Report on sanitation, dispensaries, and jails in Rajputana for 1919, and on vaccination for the year 1919-1920 - 1919-1920
Year: 1919
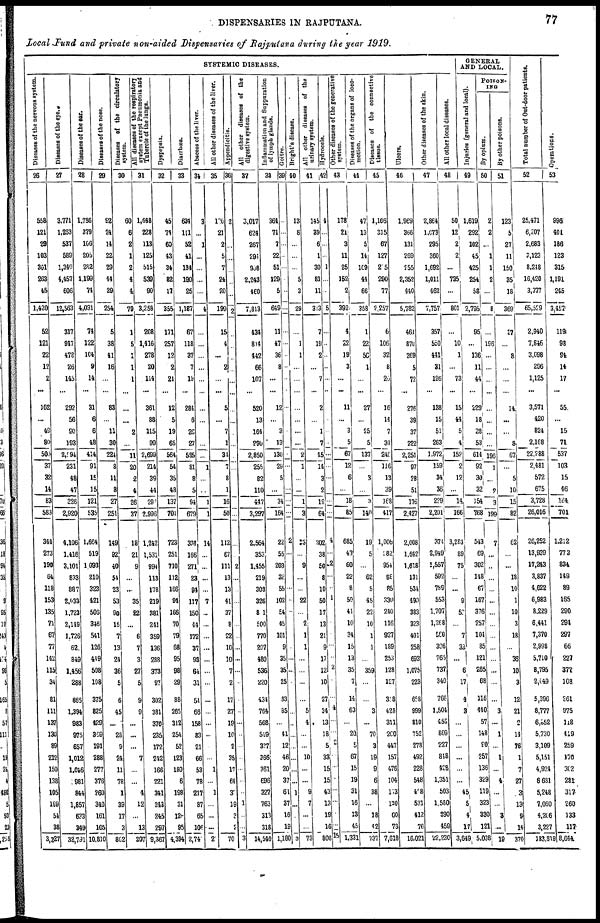
DISPENSARIES IN RAJPUTANA.
77
Local Fund and private non-aided Dispensaries of Rajputana during the year 1919.
SYSTEMIC DISEASES.
Diseases of the nervous system.
26
558
121
29
103
301
263
45
1,420
52
121
22
12
2
...
162
...
49
80
500
37
32
11
83
583
341
273
190
64
118
153
135
71
67
77
142
115
34
81
111
137
130
89
212
150
138
105
199
54
38
3,227
Diseases of the eye.
27
3,771
1,263
537
589
1,340
4,457
606
12,563
317
947
478
26
145
...
292
56
90
193
2,094
231
48
47
326
2,920
4,106
1,416
3,101
833
887
2,033
1,723
2,149
1,726
62
849
1,456
288
866
1,394
983
975
657
1,012
1,046
981
844
1,857
633
349
32,791
Diseases of the ear.
28
1,736
379
106
205
282
1,199
74
4,031
74
122
104
9
14
...
31
6
6
48
414
91
15
15
121
535
1,664
519
1,093
210
323
421
506
346
541
126
449
508
108
375
825
429
369
191
288
277
376
260
340
161
105
10,810
Diseases of the nose.
29
92
24
14
22
29
44
29
254
5
38
41
16
...
...
83
...
11
30
224
8
11
8
27
251
149
92
40
51
23
53
90
15
7
13
24
36
5
6
45
...
28
9
24
11
78
1
39
17
3
862
Diseases of the circulatory
system.
30
60
6
2
1
2
4
4
79
1
5
1
1
1
...
...
...
2
...
11
20
2
4
26
37
18
21
9
...
...
35
22
...
6
7
3
27
5
9
9
...
...
...
7
...
...
4
12
...
13
207
All diseases of the respiratory
system except Pneumonia and
Tubercle of the lungs.
31
1,648
228
113
125
515
539
90
3,258
208
1,416
278
20
114
...
361
88
115
99
2,699
214
39
44
290
2,996
1,242
1,531
994
113
178
219
381
241
359
136
288
373
97
302
381
370
235
172
242
166
221
341
243
245
297
9,367
Dyspepsia.
32
45
74
60
43
34
82
17
355
171
257
12
2
21
...
12
5
19
65
564
54
35
48
137
701
723
251
710
112
166
94
166
70
79
68
95
98
29
88
265
312
254
52
123
180
6
198
31
129
95
4,394
Diarrhœa.
33
634
111
52
41
134
190
25
1,187
67
118
37
7
19
...
284
6
26
27
535
31
8
5
94
679
333
166
271
23
94
117
150
44
172
37
93
64
31
51
66
158
83
21
66
53
78
217
87
65
106
2,74
Abscess of the liver.
34
3
...
1
...
...
...
...
4
...
...
...
...
...
...
...
...
...
...
...
1
...
...
1
1
14
...
...
...
...
7
...
...
...
...
...
...
...
...
...
...
...
...
...
1
...
1
...
...
...
2
All other diseases of the liver.
35
120
21
2
5
7
24
20
199
15
4
...
2
...
...
5
...
7
1
31
7
8
1
16
50
112
67
111
13
13
41
37
8
22
10
10
7
2
17
27
19
10
2
35
17
64
3
19
3
2
70
Appendicitis.
36
2
...
...
...
...
...
...
2
...
...
...
...
...
...
...
...
...
...
...
...
...
...
...
...
...
...
2
...
...
...
...
...
..
...
...
...
...
...
...
...
...
...
...
...
...
...
1
...
...
3
All other diseases of the
digestive system.
37
3,017
624
267
291
908
2,243
460
7,813
434
804
442
66
107
...
520
13
164
290
2,850
255
82
110
447
3,297
2,564
353
1,455
219
303
326
801
500
770
207
480
536
220
434
764
568
549
337
366
361
696
327
763
313
318
14,540
Inflammation and Suppuration
of lymph glands.
38
364
71
7
22
51
129
5
649
11
47
36
8
...
...
12
...
3
13
130
29
5
...
34
164
22
55
203
32
55
102
54
45
101
9
35
35
25
33
85
...
41
12
46
20
37
61
37
16
19
1,180
Goitre.
39
...
...
...
...
...
...
...
...
...
...
...
...
...
...
...
...
...
...
...
...
...
...
...
...
2
...
...
...
...
...
...
...
...
...
...
...
...
...
...
...
...
...
...
...
...
1
...
...
...
3
Bright's disease.
40
13
8
...
...
...
5
3
29
...
1
1
...
...
...
...
...
...
...
2
1
...
...
1
3
3
...
9
...
...
22
...
2
1
1
...
...
...
...
5
4
...
...
10
...
...
9
7
...
...
73
All other diseases of the
urinary system.
41
145
39
6
1
30
81
11
313
7
19
2
...
7
...
2
...
1
7
45
14
3
2
19
64
302
38
50
8
10
50
17
13
21
9
17
12
10
27
34
13
18
5
33
15
15
43
13
19
16
808
Hydrocele.
42
4
...
...
...
1
...
...
5
...
...
...
...
...
..
...
...
...
...
...
...
...
...
...
...
4
...
2
...
...
1
...
...
...
...
...
2
...
...
4
...
...
2
...
...
...
...
...
...
...
15
Other diseases of the generative
system.
43
178
21
3
11
25
152
2
392
4
22
19
3
...
...
11
...
3
5
67
12
6
...
18
85
685
43
60
22
8
50
41
10
34
15
13
35
7
14
63
...
20
5
67
15
19
31
16
13
45
1,331
Diseases of the organs of loco-
motion.
44
47
13
5
14
109
44
66
358
1
22
50
1
...
...
27
...
25
5
137
...
3
...
3
140
19
5
...
62
5
45
22
10
1
1
...
359
...
...
3
...
70
3
19
9
6
38
...
18
42
737
Diseases of the connective
tissue.
45
1,106
315
67
127
205
290
77
2,257
6
106
32
8
25
...
16
14
7
34
240
116
13
39
168
417
1,006
282
954
88
85
330
240
116
927
189
253
128
127
318
424
311
260
447
157
476
104
113
120
60
73
7,618
Ulcers.
46
1,969
366
131
269
255
2,352
440
5,782
461
870
269
5
72
...
276
39
37
222
2,251
97
28
51
176
2,427
2,008
1,642
1,618
131
534
490
383
323
401
258
693
1,075
223
658
999
810
752
278
492
228
548
408
531
412
76
16,021
Other diseases of the skin.
47
2,864
1,073
295
360
1,692
1,011
462
7,757
357
550
441
31
126
...
138
15
51
263
1,972
159
34
36
229
2,201
374
2,949
1,557
592
789
553
1,707
1,268
160
306
765
737
340
766
1,504
458
809
227
848
428
1,351
503
1,580
390
459
22,230
All other local diseases.
48
50
12
2
2
...
735
...
801
...
10
1
...
73
...
15
44
5
4
158
2
12
...
14
166
3,283
89
75
...
...
9
52
...
7
32
...
6
17
4
3
...
...
...
...
...
...
45
5
4
17
3,649
GENERAL
AND LOCAL.
Injuries (general and local).
49
1,619
292
102
45
425
254
58
2,795
95
...
136
11
44
...
229
18
28
53
614
92
30
32
154
768
543
69
302
148
67
167
376
257
104
85
121
265
68
116
440
57
148
90
257
136
329
119
323
330
121
5,038
POISON¬
ING
By opium.
50
2
2
...
1
1
2
...
8
...
196
...
...
...
...
...
...
...
...
196
1
...
2
3
199
7
...
...
...
...
...
...
...
...
...
...
...
...
...
3
...
1
...
1
...
4
...
...
3
...
19
By other poisons.
51
123
5
27
11
150
35
18
369
37
...
8
...
...
...
14
...
...
8
67
...
5
10
15
82
62
...
...
18
10
1
10
3
18
...
36
10
3
12
21
2
14
76
1
7
27
3
13
9
14
370
Total number of Out-door patients.
52
25,471
6,207
2,683
3,123
8,248
16,420
3,377
65,529
2,940
7,846
3,098
296
1,125
...
3,571
420
824
2,168
22,288
2,481
572
675
3,728
26,016
26,252
13,939
17,243
3,837
4,622
6,983
8,229
6,441
7,370
2,998
5,710
8,795
2,049
5,396
8,777
6,552
5,730
3,109
5,151
4,924
6,631
5,248
7,060
4,206
3,227
183,819
Operations.
53
996
401
186
123
315
1,191
245
3,457
119
98
94
14
17
...
55
...
15
71
537
103
15
46
164
701
1,212
773
834
149
89
165
290
294
297
66
227
377
108
261
975
118
419
259
170
302
281
317
260
133
117
8,644